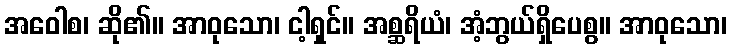
အဝေါစ၊ ဆို၏။ အာဝုသော၊ ငါ့ရှင်။ အစ္ဆရိယံ၊ အံ့ဘွယ်ရှိပေစွ။ အာဝုသော၊